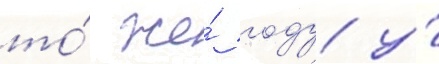
то́ же́ году у́